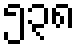
၅၃၈